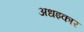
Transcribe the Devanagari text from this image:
अधइकार